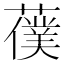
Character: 𦿍